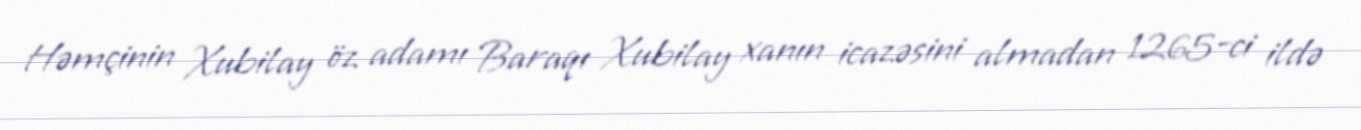
Həmçinin Xubilay öz adamı Baraqı Xubilay xanın icazəsini almadan 1265-ci ildə